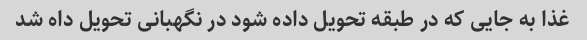
غذا به جایی که در طبقه تحویل داده شود در نگهبانی تحویل داه شد